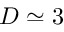
D \simeq 3